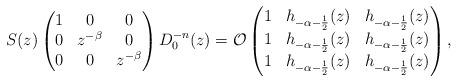
LaTeX: \begin{align*} S(z) \begin{pmatrix} 1 & 0 & 0\\ 0 & z^{-\beta} & 0\\ 0 & 0 & z^{-\beta}\end{pmatrix} D_0^{-n}(z) = \mathcal{O}\begin{pmatrix} 1 & h_{-\alpha-\frac{1}{2}}(z) & h_{-\alpha-\frac{1}{2}}(z)\\ 1 & h_{-\alpha-\frac{1}{2}}(z) & h_{-\alpha-\frac{1}{2}}(z)\\ 1 & h_{-\alpha-\frac{1}{2}}(z) & h_{-\alpha-\frac{1}{2}}(z)\end{pmatrix}, \end{align*}